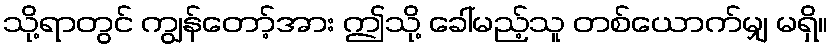
သို့ရာတွင် ကျွန်တော့်အား ဤသို့ ခေါ်မည့်သူ တစ်ယောက်မျှ မရှိ။